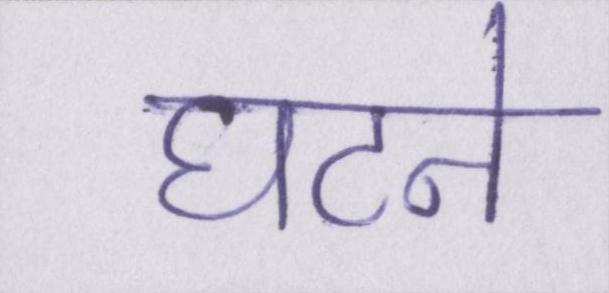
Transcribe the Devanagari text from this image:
घटने